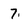
Character: 7